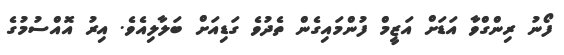
ފޯނު ރިންގްވާ އަޑަށް އަޒީމް ފުންމައިގެން ތެދުވެ ގަޑިއަށް ބަލާލިއެވެ. އިރު އޮއްސުމުގެ